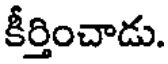
కీర్తించాడు.